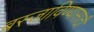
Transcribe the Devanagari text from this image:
बस्जाविण्यासाठी